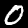
Digit: 0